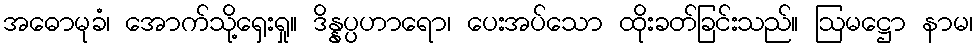
အဓောမုခံ၊ အောက်သို့ရှေးရှု။ ဒိန္နပ္ပဟာရော၊ ပေးအပ်သော ထိုးခတ်ခြင်းသည်။ ဩမဋ္ဌော နာမ၊